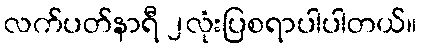
လက်ပတ်နာရီ ၂လုံးပြစရာပါပါတယ်။